Triennial report on the lunatic asylums in the province of Eastern Bengal and Assam - 1903-1911
Year: 1903
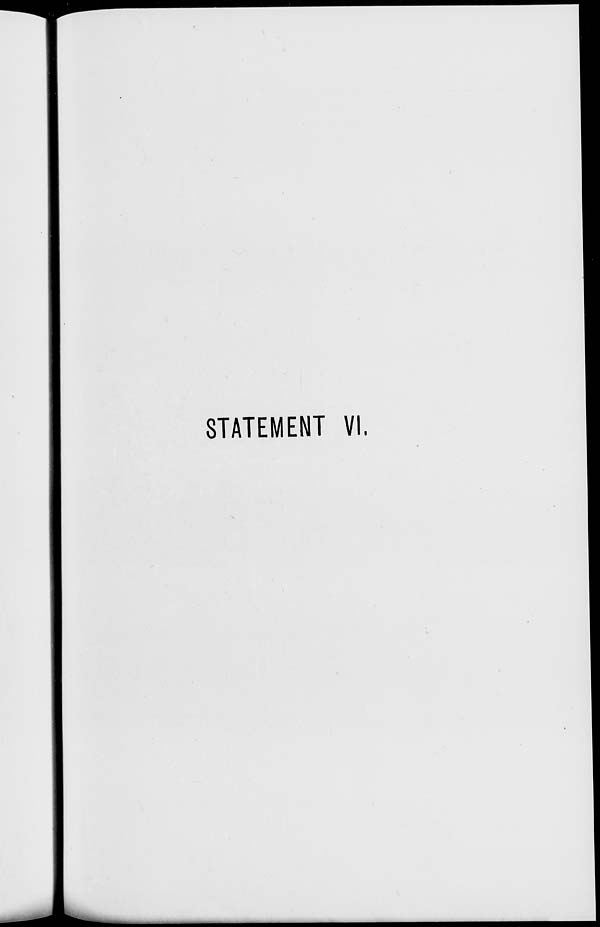
STATEMENT VI.